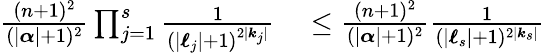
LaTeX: \begin{array}{rl}{\frac{(n+1)^{2}}{(|{\boldsymbol{\alpha}}|+1)^{2}}\prod_{j=1}^{s}\frac{1}{(|{\boldsymbol{\ell}}_{j}|+1)^{2|{\boldsymbol{k}}_{j}|}}}&{{}\leq\frac{(n+1)^{2}}{(|{\boldsymbol{\alpha}}|+1)^{2}}\frac{1}{(|{\boldsymbol{\ell}}_{s}|+1)^{2|{\boldsymbol{k}}_{s}|}}}\end{array}